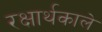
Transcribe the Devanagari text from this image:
रक्षार्थकाले